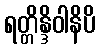
ရတ္တိန္ဒိဝါနိပိ